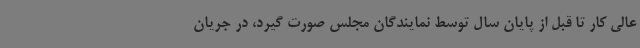
عالی کار تا قبل از پایان سال توسط نمایندگان مجلس صورت گیرد، در جریان